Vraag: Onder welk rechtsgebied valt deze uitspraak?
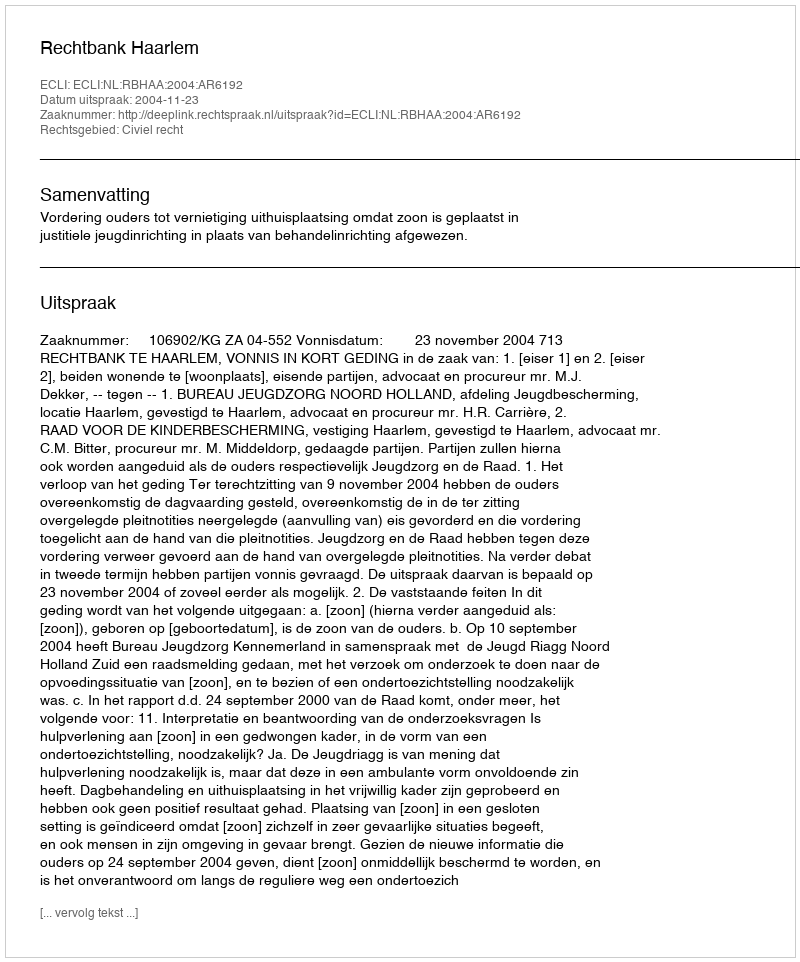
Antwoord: Civiel recht